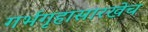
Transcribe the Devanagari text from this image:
गर्भगृहासारखेच